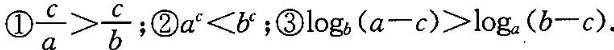
①$$\frac { c } { a } > \frac { c } { b }$$ ②$$ α ^ {c } < b ^ { c }$$﹔③$$log _ { b } ( a- c ) > log _ { a } ( b - c ).